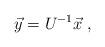
LaTeX: \begin{align*}\vec{y} = U^{-1} \vec{x}\; ,\end{align*}